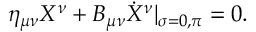
\eta _ { \mu \nu } X ^ { \nu } + B _ { \mu \nu } \dot { X } ^ { \nu } | _ { \sigma = 0 , \pi } = 0 .